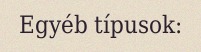
Egyéb típusok: